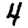
Digit: 4